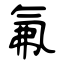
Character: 氟